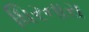
ધિરનારા